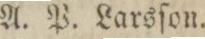
A. P. Larsſon.